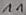
Text: 11